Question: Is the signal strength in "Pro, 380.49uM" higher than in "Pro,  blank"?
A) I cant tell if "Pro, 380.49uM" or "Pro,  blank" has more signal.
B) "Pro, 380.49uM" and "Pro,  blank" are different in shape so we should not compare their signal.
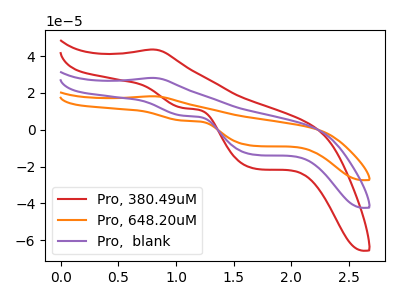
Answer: <think>The red curve "Pro, 380.49uM" has an anodic peak at (0.80V, 43.55uA) and cathodic peaks at (1.05V, 11.75uA) (1.70V, -21.20uA). The orange curve "Pro, 648.20uM" has an anodic peak at (0.80V, 56.25uA) and cathodic peaks at (1.05V, 15.15uA) (1.70V, -27.40uA). The purple curve "Pro,  blank" has an anodic peak at (0.80V, 28.10uA) and cathodic peaks at (1.05V, 7.60uA) (1.70V, -13.70uA).
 All the peaks in "Pro, 380.49uM" have a peak in "Pro,  blank" at the same potential.</think>
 <answer>A) I cant tell if "Pro, 380.49uM" or "Pro,  blank" has more signal.</answer>
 <eval>A</eval>